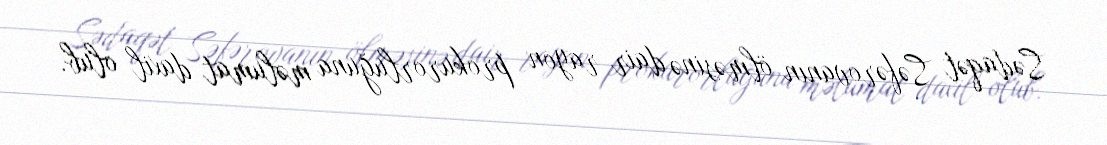
Sədaqət Səfərovanın ölməsinə dair rayon prokurorluğuna məlumat daxil olub.